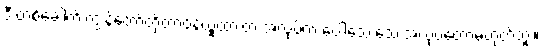
ဒီ တစ်ခေါက် ကျွန်တော်တို့တာဝန်ယူထားတဲ့ အလုပ်က ပေါ့သေးသေးအလုပ်တော့မဟုတ်ဘူး။